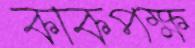
কাকপক্ষ